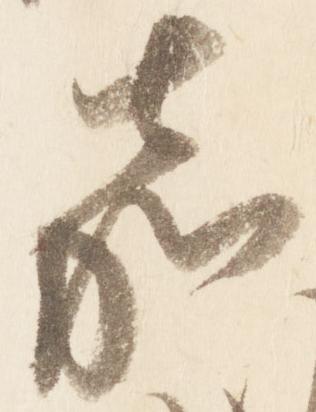
嘉